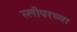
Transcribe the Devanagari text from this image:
स्लीपरच्या